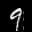
Label: 9